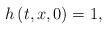
\begin{align*}h\left( t,x,0\right) =1, \end{align*}